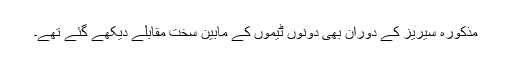
مذکورہ سیریز کے دوران بھی دونوں ٹیموں کے مابین سخت مقابلے دیکھے گئے تھے۔